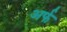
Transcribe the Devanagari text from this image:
अर्फ